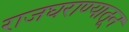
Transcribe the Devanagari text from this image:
राजघराण्यातून